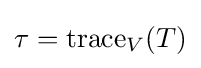
\tau =\operatorname {trace} _{V}(T)